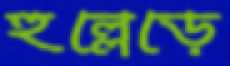
হুল্লেড়ে